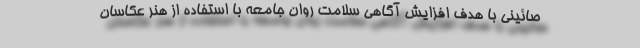
صائینی با هدف افزایش آگاهی سلامت روان جامعه با استفاده از هنر عکاسان